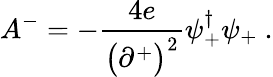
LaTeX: A^{-}=-{\frac{4e}{\bigl(\partial^{+}\bigr)^{2}}}\psi_{+}^{\dagger}\psi_{+}\ .